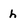
Character: h